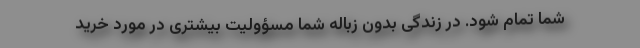
شما تمام شود. در زندگی بدون زباله شما مسؤولیت بیشتری در مورد خرید